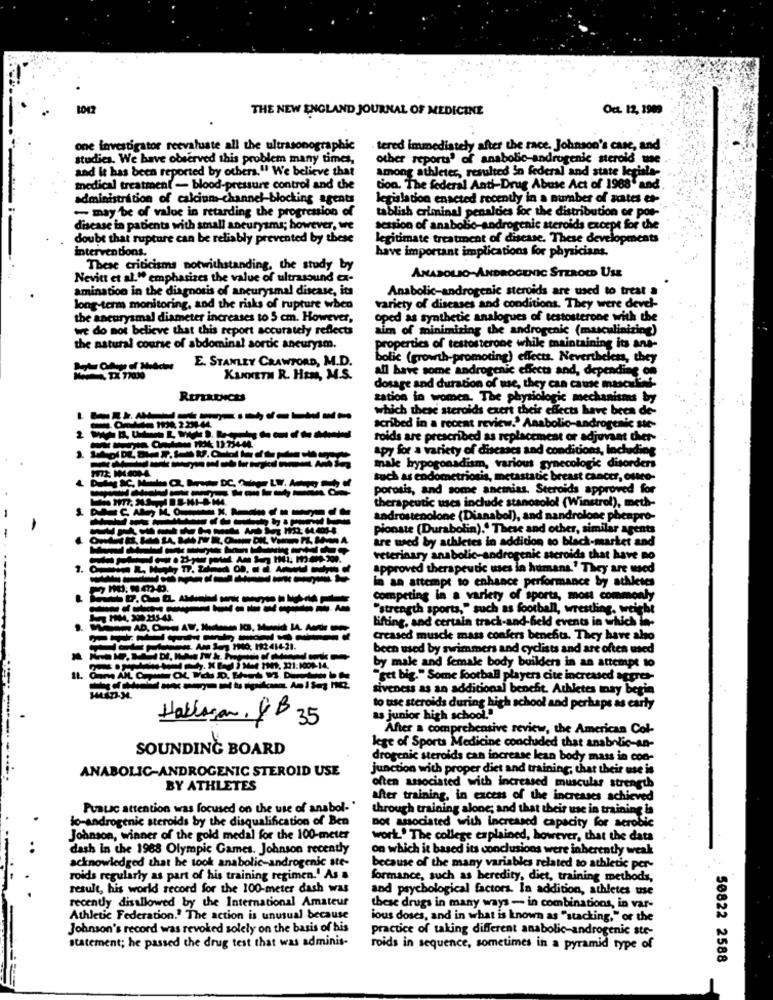
THE NEW ENGLAND JOURNAL OF MEDICINE
Oct. 12, 1909
one investigator reevaluate all the ultrasonographic
tered immediately after the race. Johnson's case, and
studies. We have observed this problem many times,
other reports' of anabolic-androgenic steroid use
and it has been reported by others." We believe that
among athleter, resulted in federal and state legisla-
medical treatment - blood-pressure control and the
tion. The federal Anti-Drug Abuse Act of 1968" and
administration of calcium-channel-blocking agents
legislation enacted recently in a number of actes et-
- may be of value in retarding the progression of
tablish criminal penalties for the distribution ce por-
disease in patients with small aneurysms; however, we
session of anabobo-androgenic steroids except for the
doubt that rupture can be reliably prevented by these
legitimate treatment of disease. These developments
interventions.
have important implications for physicians.
These criticisms notwithstanding, the study by
Nevitt et al. " emphasizes the value of ultrasound cx-
ANASOLIO-ANDROGENIC STEROID USE
amination in the diagnosis of aneurysmal disease, its
Anabolic-androgenic steroids are used to treat a
long-term monitoring, and the risks of rupture when
variety of diseases and conditions. They were devel-
the aneurysmal diameter increases to 5 cm. However,
oped as synthetic analogues of testosterone with the
we do not believe that this report accurately reflects
aim of minimizing the androgenic (masculinizing)
the natural course of abdominal aortic aneurysm.
properties of testosterone while maintaining its ans-
E. STANLEY CRAWFORD, M.D.
bolic (growth-promoting) effects. Nevertheless, they
all have some androgenic effects and, depending on
KENNETH R. HEM, M.S.
dosage and duration of use, they can cause mascul's !-
zation in women. The physiologic mechanisms by
which these steroids exert their effects have been de-
scribed in a recent review." Anabolic-androgenic ste-
roids are prescribed as replacement or adjuvant cheer-
Apy for a variety of diseases and conditions, Including
1972: 14.000-4
male hrypogonadism, various gynecologie disorders
such as endometriosis, metastatic breast cancer, outco-
porosis, and some anemias. Steroids approved for
therapeutic uses include stanosolol (Winstrol), meth-
androstenolone (Dianabol), and nandrolone phenpro-
pionate (Durabolin)." These and other, similar agents
are wed by athletes in addition to black-market and
veterinary anabolic-androgenic steroids that have no
approved therapeutic mes in humans.' They are used
in an attempt to enhance performance by athletes
----------
competing in a variety of sports, most commonly
---------
"strength sports," such as football, wrestling, weight
Lifting, and certain track-and-feld events in which in-
Creased muscle mass confers benefits. They have also
been used by swimmers and cyclists and are often med
by male and female body builders in an attempt to
"get big." Some football players cite increased aggres-
siveness as an additional benefit. Athletes may begin
to use steroids during high school and perhaps as early
Hallman. &B 35
as junior high school."
After a comprehensive review, the American Col-
SOUNDING BOARD
lege of Sports Medicine concluded that anabolic-an-
drogenic steroids can increase lean body mass in con-
ANABOLIC-ANDROGENIC STEROID USE
junction with proper diet and training; chat their use is
often associated with increased muscular strength
BY ATHLETES
after training, in excess of the increases achieved
Puauc attention was focused on the use of anabol- '
through training alone; and that their use in training is
lo-androgenic steroids by the disqualification of Ben
not associated with increased capacity for aerobic
Johnson, winner of the gold medal for the 100-meter
work' The college explained, however, that the data
dash In the 1988 Olympic Games. Johnson recently
on which it based its conclusions were inherently weak
..
acknowledged that he took anabolic-androgenic ste-
because of the many variables related to athletic per-
roids regularly as part of his training regimen.' As a
formance, such as heredity, diet, training methods,
result, his world record for the 100-meter dash was
and psychological factors. In addition, athletes use
recently disallowed by the International Amateur
these drugs in many ways - in combinations, in var-
Athletic Federation.' The action is unusual because
ious doses, and in what is known as "stacking," or the
Johnson's record was revoked solely on the basis of his
practice of taking different anabolic-androgenic ste-
statement; he passed the drug test that was adminis-
roids in sequence, sometimes in a pyramid type of
50822 2588